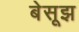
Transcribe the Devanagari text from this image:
बेसूझ